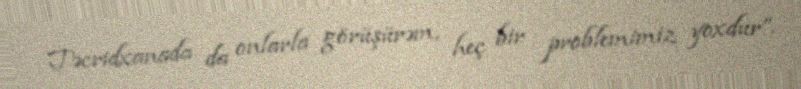
Təcridxanada da onlarla görüşürəm, heç bir problemimiz yoxdur”.